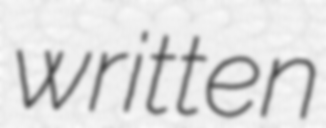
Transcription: written